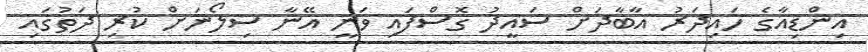
އިންޑިއާގެ ހައިދަރު އާބާދަށް ސައީދު ގޮސްފައި ވަނީ އޭނާ ސިލޯނަށް ކުރި ދަތުގައި